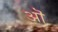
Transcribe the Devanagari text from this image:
अॊ